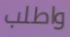
واطلب